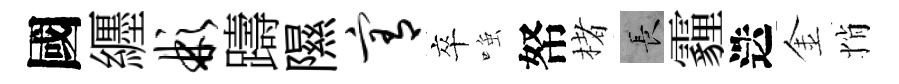
國纒彬躊隰宥卒𫪻帑楮长霾迭金悄